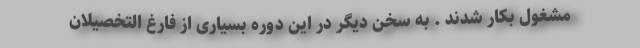
مشغول بکار شدند . به سخن دیگر در این دوره بسیاری از فارغ التخصیلان